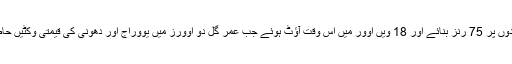
جنہوں نے 54 گیندوں پر 75 رنز بنائے اور 18 ویں اوور میں اس وقت آؤٹ ہوئے جب عمر گل دو اوورز میں یووراج اور دھونی کی قیمتی وکٹیں حاصل کرچکے تھے۔